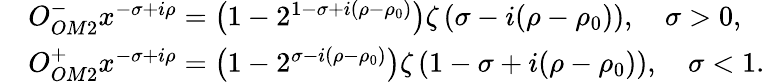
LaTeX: \begin{array}{rl}&{O_{OM2}^{-}x^{-\sigma+i\rho}=\left(1-2^{1-\sigma+i(\rho-\rho_{0})}\right)\zeta\left(\sigma-i(\rho-\rho_{0})\right),\quad\sigma>0,}\\ &{O_{OM2}^{+}x^{-\sigma+i\rho}=\left(1-2^{\sigma-i(\rho-\rho_{0})}\right)\zeta\left(1-\sigma+i(\rho-\rho_{0})\right),\quad\sigma<1.}\end{array}